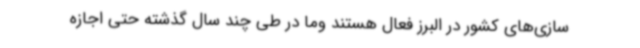
سازی‌های کشور در البرز فعال هستند وما در طی چند سال گذشته حتی اجازه